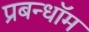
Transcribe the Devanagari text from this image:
प्रबन्धॉम